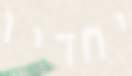
יחדיו